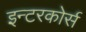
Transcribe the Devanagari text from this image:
इन्टरकोर्स